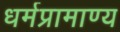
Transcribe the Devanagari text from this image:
धर्मप्रामाण्य